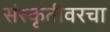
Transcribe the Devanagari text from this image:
संस्कृतीवरचा